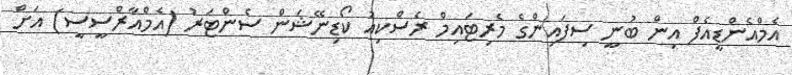
އެމްއެންޑީއެފް އިން ބުނީ ސިފައިންގެ މެރިޓައިމް ރެސްކިއު ކޯޑިނޭޝަން ސެންޓަރު (އެމްއާރްސީސީ) އަށް